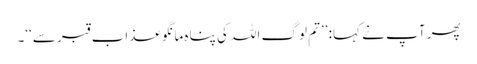
پھر آپ نے کہا: ’’تم لوگ اللہ کی پناہ مانگو عذاب قبر سے‘‘۔